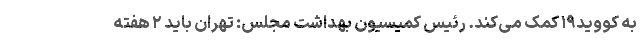
به کووید۱۹ کمک می‌کند. رئیس کمیسیون بهداشت مجلس: تهران باید ۲ هفته